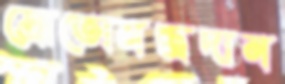
স্রোতোমন্ত্রদান